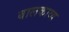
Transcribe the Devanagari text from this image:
बालकाव्य